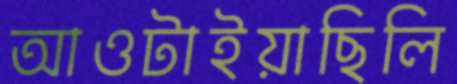
আওটাইয়াছিলি